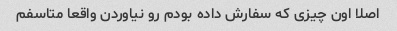
اصلا اون چیزی که سفارش داده بودم رو نیاوردن واقعا متاسفم